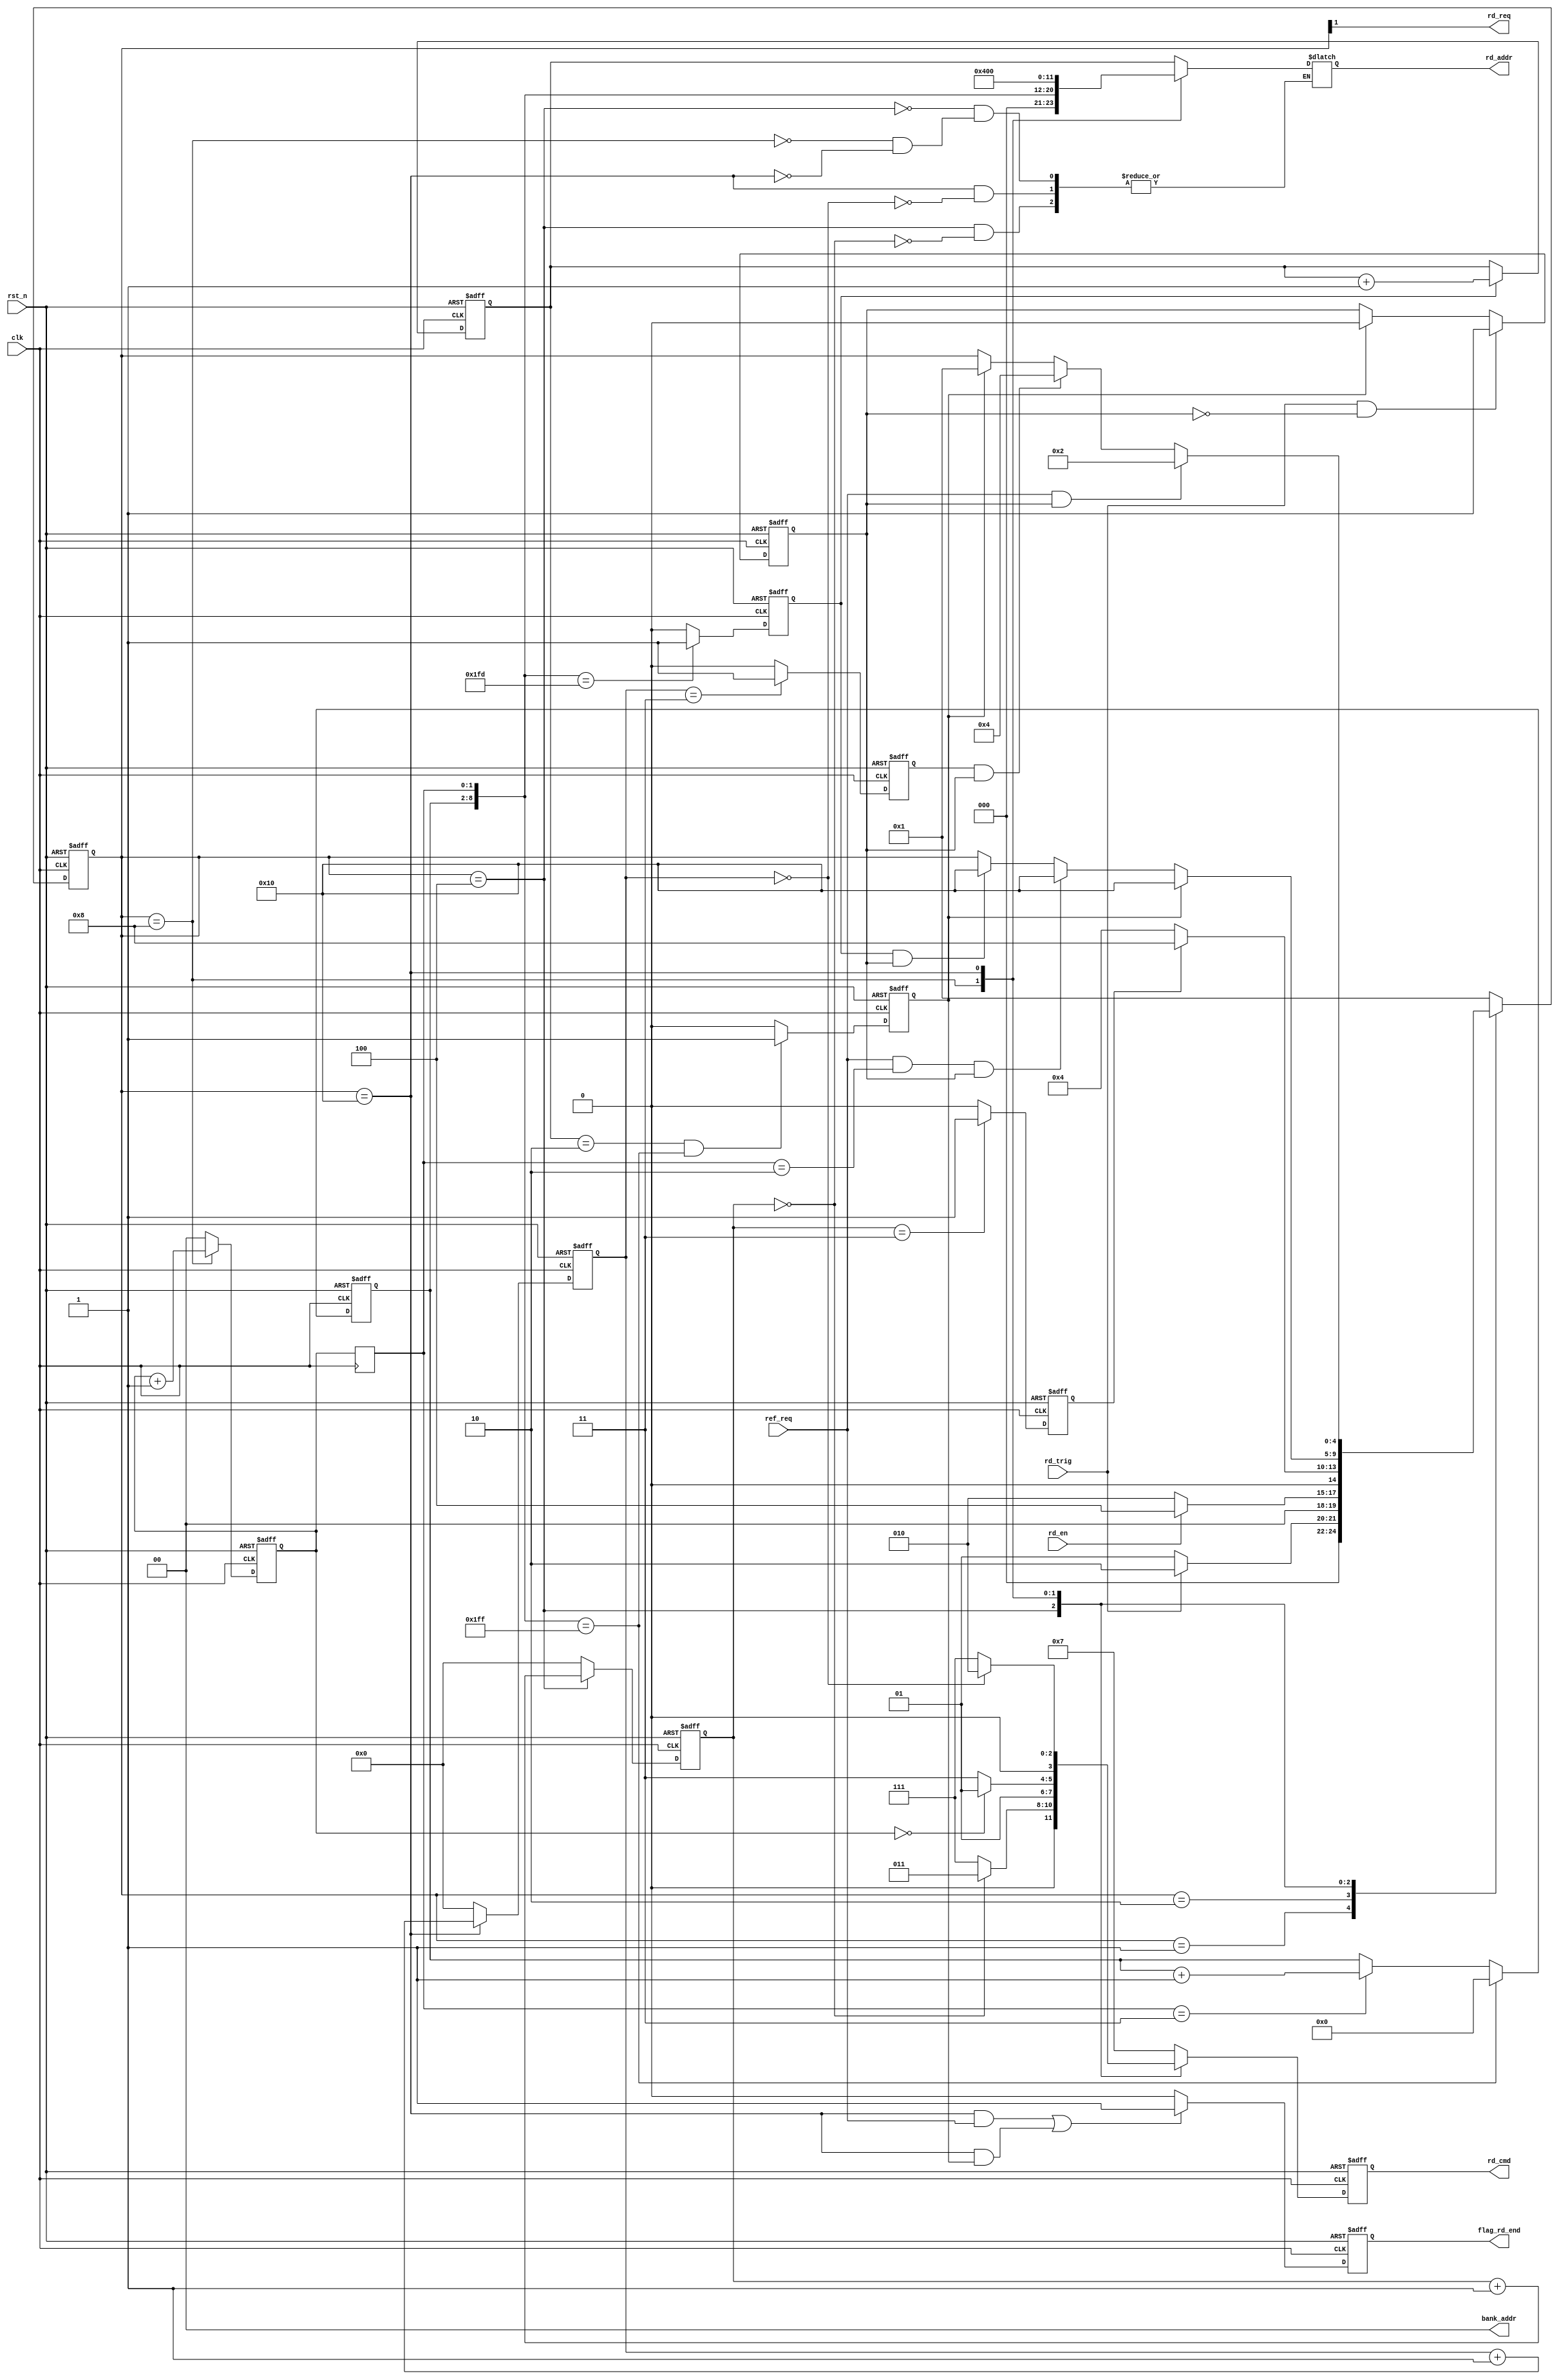
module  sdram_read(
    // system   signals
    input                clk         ,
    input                rst_n       ,
    //Communication with    TOP
    input                rd_en       ,
    output   wire        rd_req      ,
    output   reg         flag_rd_end ,
    //Others
    input                ref_req     ,
    input                rd_trig     ,
    //write interfaces
    output  reg [ 3:0]   rd_cmd      ,
    output  reg [11:0]   rd_addr     ,
    output  wire [ 1:0]  bank_addr   

    //output	reg  [15:0]	  wr_data
);

//Define    state
localparam      S_IDLE      =   5'b0_0001   ;
localparam      S_REQ       =   5'b0_0010   ;
localparam      S_ACT       =   5'b0_0100   ;
localparam      S_RD        =   5'b0_1000   ;
localparam		S_PRE		=	5'b1_0000	;
//SDRAM	command
localparam		CMD_NOP  = 4'b0111;
localparam		CMD_PRE	 = 4'b0010;
localparam		CMD_AREF = 4'b0001;
localparam		CMD_ACT  = 4'b0011;	
localparam		CMD_RD   = 4'b0101;	

reg  [ 4:0]         state                   ;
reg                 flag_rd                 ;
//================================================
reg                 flag_act_end            ;
reg                 flag_pre_end            ;
reg                 sd_row_end              ;
reg  [ 1:0]         burst_cnt               ;
reg  [ 1:0]         burst_cnt_t             ;
reg                 rd_data_end             ;
//--------------------------------------------------
reg     [ 3:0]      act_cnt                 ;
reg     [ 3:0]      break_cnt               ;
reg     [ 6:0]      col_cnt                 ;
//---------------------------------------------------
reg     [11:0]      row_addr                ;
wire    [ 8:0]      col_addr                ;

//=================================================
//******************Main  Code*********************
//==================================================
always  @(posedge clk or negedge rst_n)begin
    if(rst_n==1'b0)begin
        flag_rd <= 0;
    end
    else if(rd_trig==1'b1 && flag_rd == 1'b0)begin
        flag_rd <= 1'b1;
    end
    else if(rd_data_end==1'b1)begin
        flag_rd <= 1'b0;
    end
end

always @(posedge clk or negedge rst_n)begin
	if(rst_n==1'b0)
		burst_cnt	<=	1'd0	;
	else if(state == S_RD)
		burst_cnt	<=	burst_cnt	+	1;
	else
		burst_cnt	<=	1'd0	;
end

always @(posedge clk)begin
		burst_cnt_t	<=	burst_cnt	;	
end



//----------------STATE---------------------------------
always  @(posedge clk or negedge rst_n)begin
    if(rst_n==1'b0)begin
        state   <=  S_IDLE  ;
    end
    else begin
        case(state)
                S_IDLE:
                        if(rd_trig == 1'b1)
                                state   <=  S_REQ   ;
                        else
                                state   <=  S_IDLE  ;
                S_REQ:
                        if(rd_en == 1'b1)
                                state   <=  S_ACT   ;
                        else    
                                state   <=  S_REQ   ;
                S_ACT:
                        if(flag_act_end ==1'b1)
                                state   <=  S_RD    ;
                        else    
                                state   <=  S_ACT   ;
                S_RD:
                        if(rd_data_end==1'b1)
                                state   <=  S_PRE   ;
                        else if(ref_req==1'b1&&burst_cnt_t=='d2&&flag_rd==1'b1)
                                state   <=  S_PRE   ;
                        else if(sd_row_end==1'd1&&flag_rd==1'b1)
                                state   <=  S_PRE   ;
                S_PRE:
                        if(ref_req==1'b1&&flag_rd==1'b1)
                                state   <=  S_REQ   ;
                        else if(flag_pre_end==1'b1&&flag_rd==1'b1)
                                state   <=  S_ACT   ;
                        else if(rd_data_end == 1'b1)
                                state   <=  S_IDLE  ;
                default:
                                state   <=  S_IDLE  ;
                    
        endcase
    end
end

always @(posedge clk or negedge rst_n)begin
	if(rst_n==1'b0)
		rd_cmd	<=	CMD_NOP	;
	else case(state)
			S_ACT:
					if(act_cnt == 'd0)
						rd_cmd <= CMD_ACT	;
					else
						rd_cmd <= CMD_NOP	;
			S_RD:	
					if(burst_cnt == 'd0)
						rd_cmd <= CMD_RD	;
					else
						rd_cmd <= CMD_NOP	;
			S_PRE:
					if(break_cnt =='d0)
						rd_cmd	<=	CMD_PRE	;
					else
						rd_cmd	<=	CMD_NOP	;
			default:
						rd_cmd  <=  CMD_NOP  ;
	endcase
end

always @(*)begin
    case(state)
		S_ACT:
				if(act_cnt=='d0)
					rd_addr <= row_addr	;
		S_RD:	
				rd_addr <= {3'b000,col_addr}	;
		S_PRE:
				if(break_cnt == 'd0)
					rd_addr	<=	{12'b0100_0000_0000};
	endcase
end

always @(posedge clk or negedge rst_n)begin
	if(rst_n==1'b0)
		flag_act_end	<=	1'b0;
	else if(act_cnt=='d3)
		flag_act_end	<=	1'b1;  
	else
		flag_act_end	<=	1'b0;
end

always @(posedge clk or negedge rst_n)begin
	if(rst_n==1'b0)
		act_cnt	<=	'd0				;
	else if(state==S_ACT)
		act_cnt <=	act_cnt	+	1	;                                         
	else
		act_cnt	<=	1'b0			;
end

always @(posedge clk or negedge rst_n)begin
	if(rst_n==1'b0)
		flag_rd_end	<=	1'b0	;
	else if(state==S_PRE && ref_req == 1'b1||state==S_PRE&&rd_data_end==1)
		flag_rd_end	<=	1'b1	;
	else
		flag_rd_end	<=	1'b0	;
end

always @(posedge clk or negedge rst_n)begin
	if(rst_n==1'b0)
		flag_pre_end	<=	1'b0	;
	else if(break_cnt=='d3)
		flag_pre_end	<=	1'b1	;
	else
		flag_pre_end	<=	1'b0	;
end

always @(posedge clk or negedge rst_n)begin
	if(rst_n==1'b0)
		break_cnt	<=	1'd0	;
	else if(state==S_PRE)
		break_cnt	<=	break_cnt	+	1;
	else
		break_cnt	<=	1'd0	;
end

always @(posedge clk or negedge rst_n)begin
	if(rst_n==1'b0)
		rd_data_end	<=	1'b0	;
	else if(row_addr == 'd2 && col_addr == 'd511)    //
		rd_data_end <=	1'b1	;
	else
		rd_data_end	<=	1'b0	;
end



always @(posedge clk or negedge rst_n)begin
	if(rst_n==1'b0)
			col_cnt	<=	'd0	;
	else if(col_addr=='d511)
			col_cnt <=	 'd0;
	else if(burst_cnt_t=='d3)
			col_cnt <= col_cnt + 1;
end

always @(posedge clk or negedge rst_n)begin
	if(rst_n==1'b0)
			sd_row_end	<=	'b0	;
	else if(col_addr=='d509)
			sd_row_end <=	 'b1;
	else 
			sd_row_end <= 'b0;
end
//==========================
/* always @(*)begin
	case(burst_cnt_t)
			0:		wr_data	<=	'd3		;
			1:		wr_data	<=	'd5		;
			2:		wr_data	<=	'd7		;
			3:		wr_data	<=	'd9		;
	endcase
end */
//=========================


always @(posedge clk or negedge rst_n)begin
	if(rst_n==1'b0)
			row_addr	<=	'd0	;
	else if(sd_row_end==1'b1)
			row_addr	<=	row_addr	+	1;
end

assign	col_addr	=	{col_cnt,burst_cnt_t}	;
assign	bank_addr	=	2'b00;
assign  rd_req      =   state[1]	;


endmodule